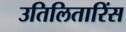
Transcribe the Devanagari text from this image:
उतिलितारिंस